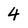
Character: 4